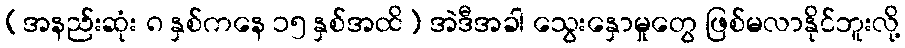
(အနည်းဆုံး ၈ နှစ်ကနေ ၁၅ နှစ်အထိ) အဲဒီအခါ သွေးနှောမှုတွေ ဖြစ်မလာနိုင်ဘူးလို့